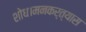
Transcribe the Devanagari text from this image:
शोध।मनकर्त्यास